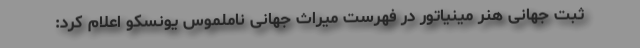
ثبت جهانی هنر مینیاتور در فهرست میراث جهانی ناملموس یونسکو اعلام کرد: